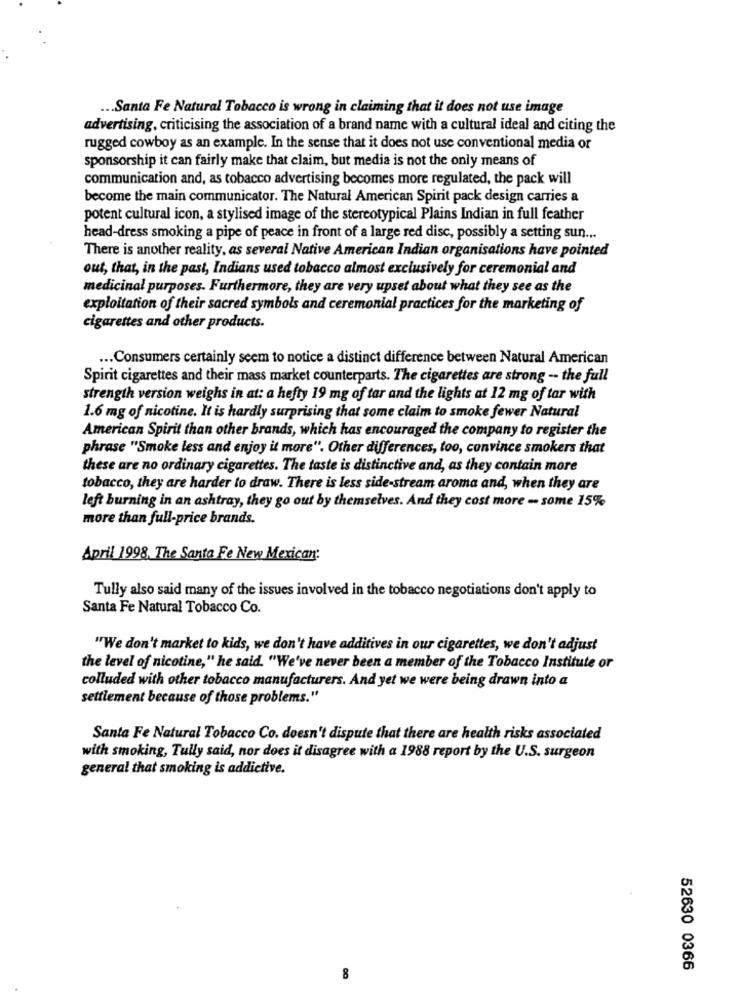
... Santa Fe Natural Tobacco is wrong in claiming that it does not use image
advertising, criticising the association of a brand name with a cultural ideal and citing the
rugged cowboy as an example. In the sense that it does not use conventional media or
sponsorship it can fairly make that claim, but media is not the only means of
communication and, as tobacco advertising becomes more regulated, the pack will
become the main communicator. The Natural American Spirit pack design carries a
potent cultural icon, a stylised image of the stereotypical Plains Indian in full feather
head-dress smoking a pipe of peace in front of a large red disc, possibly a setting sun ...
There is another reality, as several Native American Indian organisations have pointed
out, that, in the past, Indians used tobacco almost exclusively for ceremonial and
medicinal purposes. Furthermore, they are very upset about what they see as the
exploitation of their sacred symbols and ceremonial practices for the marketing of
cigarettes and other products.
... Consumers certainly seem to notice a distinct difference between Natural American
Spirit cigarettes and their mass market counterparts. The cigarettes are strong -- the full
strength version weighs in at: a hefty 19 mg of tar and the lights at 12 mg of tar with
1.6 mg of nicotine. It is hardly surprising that some claim to smoke fewer Natural
American Spirit than other brands, which has encouraged the company to register the
phrase "Smoke less and enjoy it more". Other differences, too, convince smokers that
these are no ordinary cigarettes. The taste is distinctive and, as they contain more
tobacco, they are harder to draw. There is less side-stream aroma and, when they are
left burning in an ashtray, they go out by themselves. And they cost more - some 15%
more than full-price brands.
April 1998, The Santa Fe New Mexican:
Tully also said many of the issues involved in the tobacco negotiations don't apply to
Santa Fe Natural Tobacco Co.
"We don't market to kids, we don't have additives in our cigarettes, we don't adjust
the level of nicotine," he said. "We've never been a member of the Tobacco Institute or
colluded with other tobacco manufacturers. And yet we were being drawn into a
settlement because of those problems."
Santa Fe Natural Tobacco Co. doesn't dispute that there are health risks associated
with smoking, Tully said, nor does it disagree with a 1988 report by the U.S. surgeon
general that smoking is addictive.
52630 0366
8